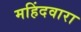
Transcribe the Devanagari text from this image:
महिंदवारा